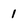
Character: 1